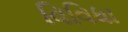
વિવિધા